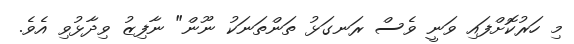
މި ހަރުކޮށްފައި ވަނީ ވެސް ރަނގަޅު ތަންތަނަކު ނޫން" ނާފިޒު ވިދާޅުވި އެވެ.